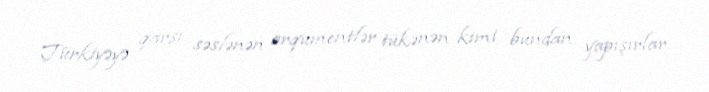
Türkiyəyə qarşı səslənən arqumentlər tükənən kimi bundan yapışırlar.